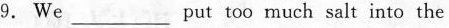
9. We ___ put too much salt into the